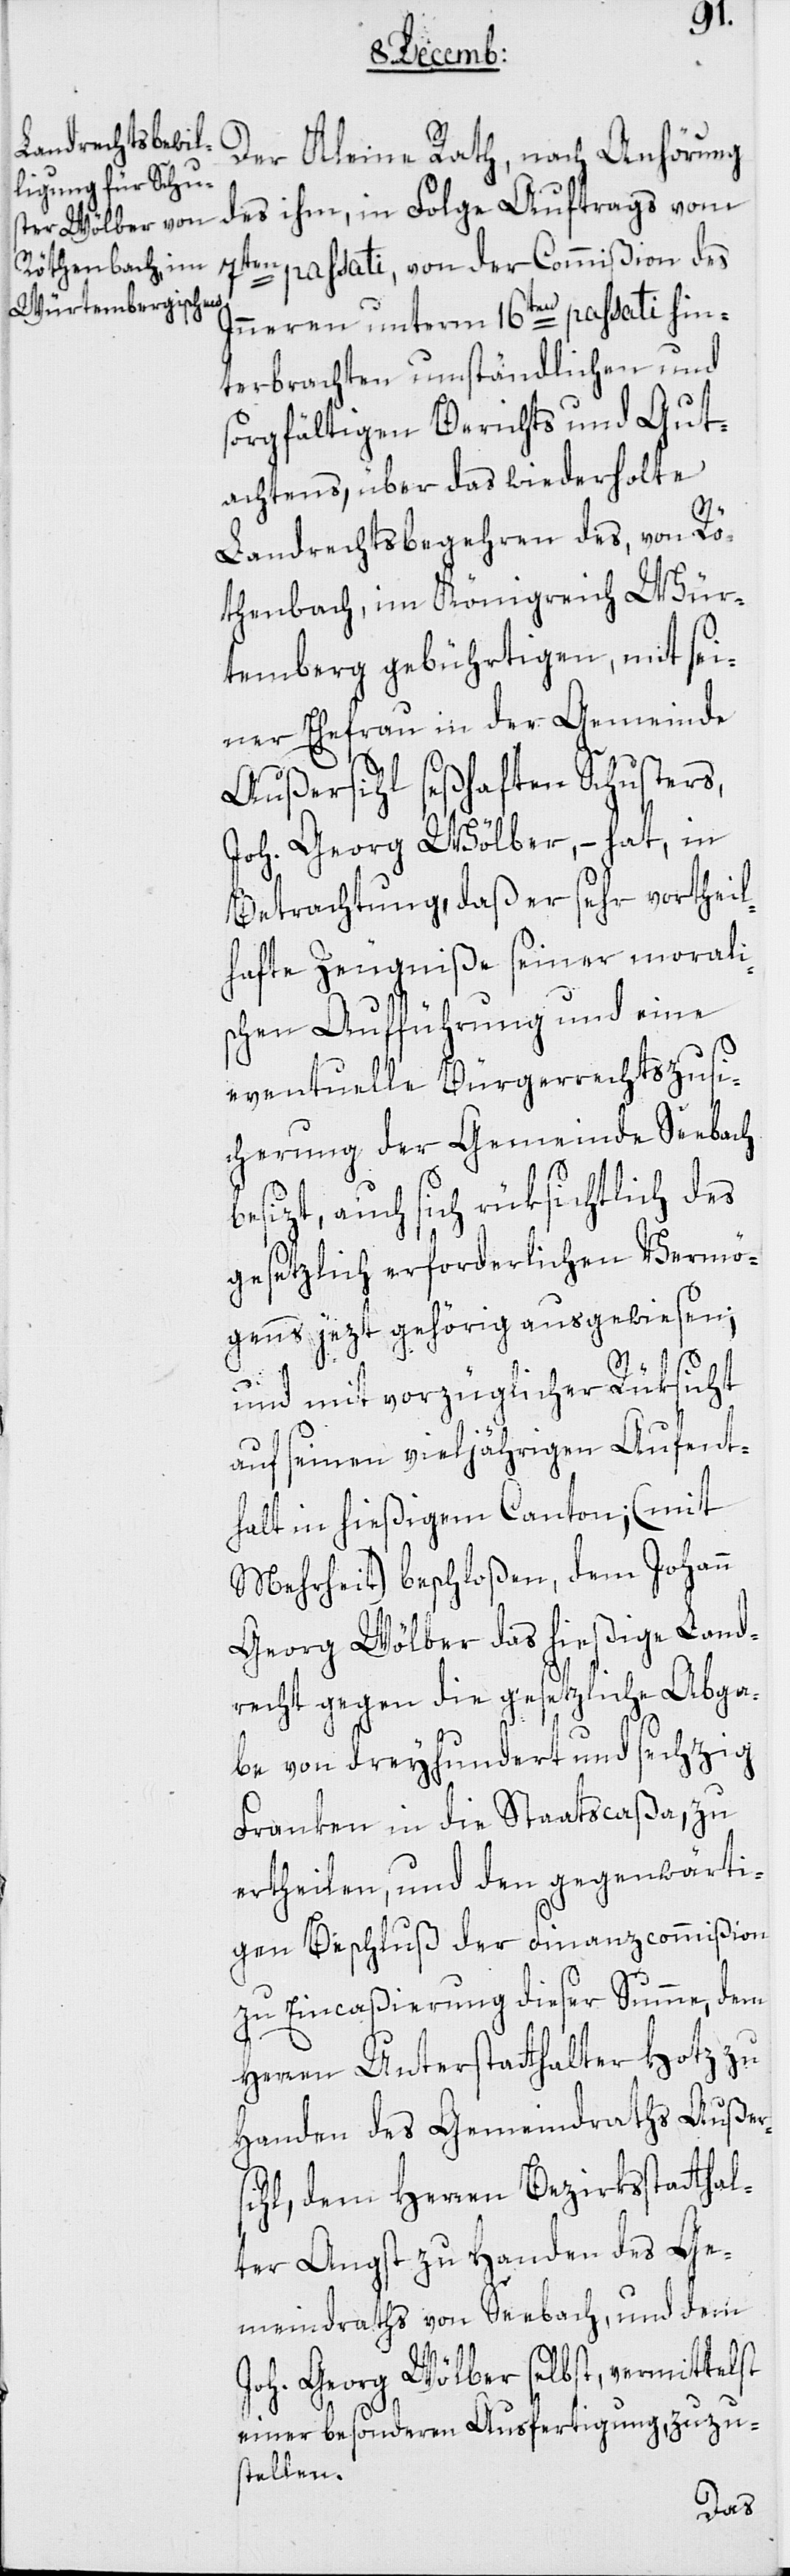
Der Kleine Rath, nach Anhörung
des ihm in Folge Auftrags vom
7ten passati, von der Commißion des
Inneren unterm 16ten passati hin¬
terbrachten umständlichen und
sorgfältigen Berichts und Gut¬
achtens, über das wiederholte
Landrechtsbegehren des, von Rö¬
thenbach, im Königreich Wür¬
temberg gebührtigen, mit sei¬
ner Ehefrau in der Gemeinde
Außersihl seßhaften Schusters,
Joh. Georg Wölber, – hat, in
Betrachtung, daß er sehr vortheil¬
hafte Zeugniße seiner morali¬
schen Aufführung und eine
eventuelle Bürgerrechtszusi¬
cherung der Gemeinde Seebach
besizt, auch sich rüksichtlich des
gesetzlich erforderlichen Vermö¬
gens jezt gehörig ausgewiesen;
und mit vorzüglicher Rüksicht
auf seinen vieljährigen Aufent¬
halt in hießigem Canton; (mit
Mehrheit) beschloßen, dem Johann
Georg Wölber das hießige Land¬
recht gegen die gesetzliche Abga¬
be von dreyhundert und sechzig
Franken in die Staatscaßa, zu
ertheilen, und den gegenwärti¬
gen Beschluß der Finanzcommißion
zu Eincaßierung dieser Summe, dem
Herren Unterstatthalter Hotz zu
Handen des Gemeindraths Außer¬
sihl, dem Herren Bezirksstatthal¬
ter Angst zu Handen des Ge¬
meindraths von Seebach, und dem
Joh. Georg Wölber selbst, vermittelst
einer besonderen Ausfertigung, zuzu¬
stellen.